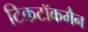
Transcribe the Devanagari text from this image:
टिकटॉकमैन